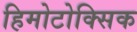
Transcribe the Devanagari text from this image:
हिमोटोक्सिक